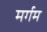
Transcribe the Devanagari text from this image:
मर्गम